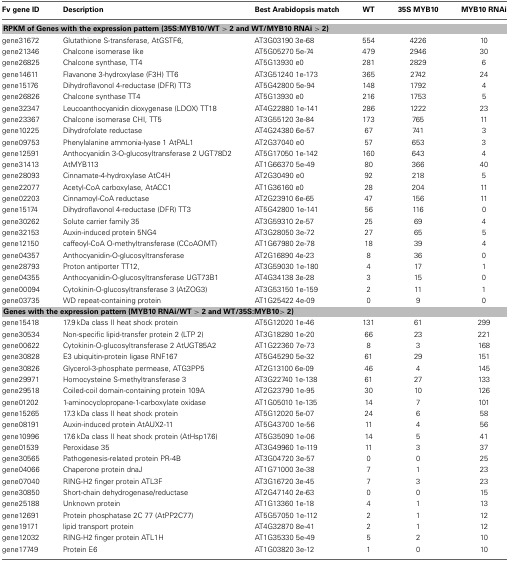
<table><thead><tr><td><b>Fv gene ID</b></td><td><b>Description</b></td><td><b>Best Arabidopsis match</b></td><td><b>WT</b></td><td><b>35S MYB10</b></td><td><b>MYB10 RNAi</b></td></tr></thead><tbody><tr><td colspan="6"><b>RPKM of Genes with the expression pattern (35S:MYB10/WT &gt; 2 and WT/MYB10 RNAi &gt; 2)</b></td></tr><tr><td>gene31672</td><td>Glutathione S-transferase, AtGSTF6,</td><td>AT3G03190 3e-68</td><td>554</td><td>4226</td><td>10</td></tr><tr><td>gene21346</td><td>Chalcone isomerase like</td><td>AT5G05270 5e-74</td><td>479</td><td>2946</td><td>30</td></tr><tr><td>gene26825</td><td>Chalcone synthase, TT4</td><td>AT5G13930 e0</td><td>281</td><td>2829</td><td>6</td></tr><tr><td>gene14611</td><td>Flavanone 3-hydroxylase (F3H) TT6</td><td>AT3G51240 1e-173</td><td>365</td><td>2742</td><td>24</td></tr><tr><td>gene15176</td><td>Dihydroflavonol 4-reductase (DFR) TT3</td><td>AT5G42800 5e-94</td><td>148</td><td>1792</td><td>4</td></tr><tr><td>gene26826</td><td>Chalcone synthase TT4</td><td>AT5G13930 e0</td><td>216</td><td>1753</td><td>5</td></tr><tr><td>gene32347</td><td>Leucoanthocyanidin dioxygenase (LDOX) TT18</td><td>AT4G22880 1e-141</td><td>286</td><td>1222</td><td>23</td></tr><tr><td>gene23367</td><td>Chalcone isomerase CHI, TT5</td><td>AT3G55120 3e-84</td><td>173</td><td>765</td><td>11</td></tr><tr><td>gene10225</td><td>Dihydrofolate reductase</td><td>AT4G24380 6e-57</td><td>67</td><td>741</td><td>3</td></tr><tr><td>gene09753</td><td>Phenylalanine ammonia-lyase 1 AtPAL1</td><td>AT2G37040 e0</td><td>57</td><td>653</td><td>3</td></tr><tr><td>gene12591</td><td>Anthocyanidin 3-O-glucosyltransferase 2 UGT78D2</td><td>AT5G17050 1e-142</td><td>160</td><td>643</td><td>4</td></tr><tr><td>gene31413</td><td>AtMYB113</td><td>AT1G66370 5e-49</td><td>80</td><td>366</td><td>40</td></tr><tr><td>gene28093</td><td>Cinnamate-4-hydroxylase AtC4H</td><td>AT2G30490 e0</td><td>92</td><td>218</td><td>5</td></tr><tr><td>gene22077</td><td>Acetyl-CoA carboxylase, AtACC1</td><td>AT1G36160 e0</td><td>28</td><td>204</td><td>11</td></tr><tr><td>gene02203</td><td>Cinnamoyl-CoA reductase</td><td>AT2G23910 6e-65</td><td>47</td><td>156</td><td>11</td></tr><tr><td>gene15174</td><td>Dihydroflavonol 4-reductase (DFR) TT3</td><td>AT5G42800 1e-141</td><td>56</td><td>116</td><td>0</td></tr><tr><td>gene30262</td><td>Solute carrier family 35</td><td>AT3G59310 2e-57</td><td>25</td><td>69</td><td>4</td></tr><tr><td>gene32153</td><td>Auxin-induced protein 5NG4</td><td>AT3G28050 3e-72</td><td>27</td><td>65</td><td>5</td></tr><tr><td>gene12150</td><td>caffeoyl-CoA O-methyltransferase (CCoAOMT)</td><td>AT1G67980 2e-78</td><td>18</td><td>39</td><td>4</td></tr><tr><td>gene04357</td><td>Anthocyanidin-O-glucosyltransferase</td><td>AT2G16890 4e-23</td><td>8</td><td>36</td><td>0</td></tr><tr><td>gene28793</td><td>Proton antiporter TT12,</td><td>AT3G59030 1e-180</td><td>4</td><td>17</td><td>1</td></tr><tr><td>gene04355</td><td>Anthocyanidin-O-glucosyltransferase UGT73B1</td><td>AT4G34138 3e-28</td><td>3</td><td>15</td><td>0</td></tr><tr><td>gene00094</td><td>Cytokinin-O-glucosyltransferase 3 (AtZOG3)</td><td>AT3G53150 1e-159</td><td>2</td><td>11</td><td>1</td></tr><tr><td>gene03735</td><td>WD repeat-containing protein</td><td>AT1G25422 4e-09</td><td>0</td><td>9</td><td>0</td></tr><tr><td colspan="6"><b>Genes with the expression pattern (MYB10 RNAi/WT &gt; 2 and WT/35S:MYB10&gt; 2)</b></td></tr><tr><td>gene15418</td><td>17.9 kDa class II heat shock protein</td><td>AT5G12020 1e-46</td><td>131</td><td>61</td><td>299</td></tr><tr><td>gene30534</td><td>Non-specific lipid-transfer protein 2 (LTP 2)</td><td>AT3G18280 1e-20</td><td>66</td><td>23</td><td>221</td></tr><tr><td>gene00622</td><td>Cytokinin-O-glucosyltransferase 2 AtUGT85A2</td><td>AT1G22360 7e-73</td><td>8</td><td>3</td><td>168</td></tr><tr><td>gene30828</td><td>E3 ubiquitin-protein ligase RNF167</td><td>AT5G45290 5e-32</td><td>61</td><td>29</td><td>151</td></tr><tr><td>gene30826</td><td>Glycerol-3-phosphate permease, ATG3PP5</td><td>AT2G13100 6e-09</td><td>46</td><td>4</td><td>145</td></tr><tr><td>gene29971</td><td>Homocysteine S-methyltransferase 3</td><td>AT3G22740 1e-138</td><td>61</td><td>27</td><td>133</td></tr><tr><td>gene29518</td><td>Coiled-coil domain-containing protein 109A</td><td>AT2G23790 1e-95</td><td>30</td><td>10</td><td>126</td></tr><tr><td>gene01202</td><td>1-aminocyclopropane-1-carboxylate oxidase</td><td>AT1G05010 1e-135</td><td>14</td><td>7</td><td>101</td></tr><tr><td>gene15265</td><td>17.3 kDa class II heat shock protein</td><td>AT5G12020 5e-07</td><td>24</td><td>6</td><td>58</td></tr><tr><td>gene08191</td><td>Auxin-induced protein AtAUX2-11</td><td>AT5G43700 1e-56</td><td>11</td><td>4</td><td>56</td></tr><tr><td>gene10996</td><td>17.6 kDa class II heat shock protein (AtHsp17.6)</td><td>AT5G35090 1e-06</td><td>14</td><td>5</td><td>41</td></tr><tr><td>gene01539</td><td>Peroxidase 35</td><td>AT3G49960 1e-119</td><td>11</td><td>3</td><td>37</td></tr><tr><td>gene30565</td><td>Pathogenesis-related protein PR-4B</td><td>AT3G04720 3e-57</td><td>0</td><td>0</td><td>25</td></tr><tr><td>gene04066</td><td>Chaperone protein dnaJ</td><td>AT1G71000 3e-38</td><td>7</td><td>1</td><td>23</td></tr><tr><td>gene07040</td><td>RING-H2 finger protein ATL3F</td><td>AT3G16720 3e-45</td><td>7</td><td>3</td><td>23</td></tr><tr><td>gene30850</td><td>Short-chain dehydrogenase/reductase</td><td>AT2G47140 2e-63</td><td>0</td><td>0</td><td>15</td></tr><tr><td>gene25188</td><td>Unknown protein</td><td>AT1G13360 1e-18</td><td>4</td><td>1</td><td>13</td></tr><tr><td>gene12691</td><td>Protein phosphatase 2C 77 (AtPP2C77)</td><td>AT5G57050 1e-112</td><td>2</td><td>1</td><td>12</td></tr><tr><td>gene19171</td><td>lipid transport protein</td><td>AT4G32870 8e-41</td><td>2</td><td>1</td><td>12</td></tr><tr><td>gene12032</td><td>RING-H2 finger protein ATL1H</td><td>AT1G35330 5e-49</td><td>5</td><td>2</td><td>10</td></tr><tr><td>gene17749</td><td>Protein E6</td><td>AT1G03820 3e-12</td><td>1</td><td>0</td><td>10</td></tr></tbody></table>